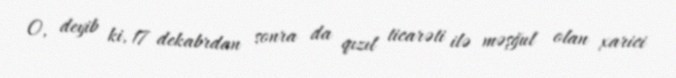
O, deyib ki, 17 dekabrdan sonra da qızıl ticarəti ilə məşğul olan xarici